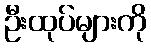
ဦးထုပ်များကို